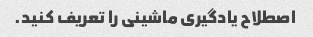
اصطلاح یادگیری ماشینی را تعریف کنید.